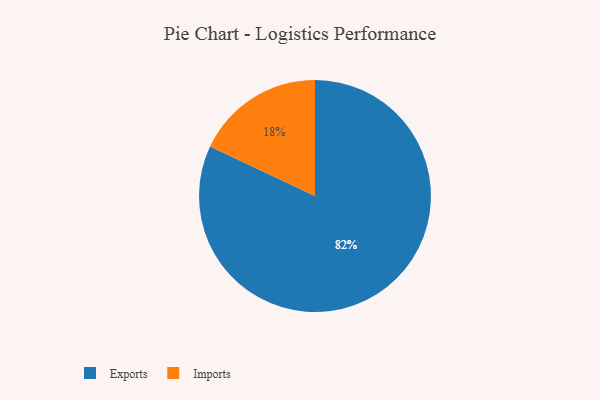
{"axis": {"x": "Category", "y": "Percentage"}, "legend": ["Exports", "Imports"], "data": [{"x": "Imports", "y": 18, "type": "Imports"}, {"x": "Exports", "y": 82, "type": "Exports"}]}